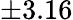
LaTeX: \pm 3.16